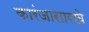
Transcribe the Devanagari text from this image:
कारंजासारखे